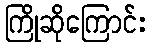
ကြိုဆိုကြောင်း